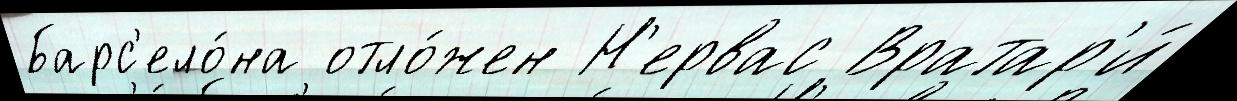
Барс'ело́на отло́жен Н'ервас Вратар'и́